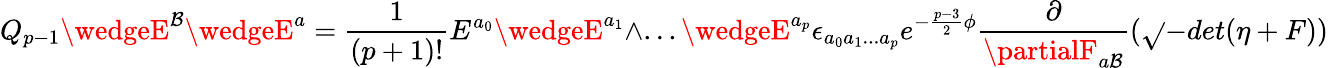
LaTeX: Q_{p-1}\wedgeE^{\mathcal{B}}\wedgeE^{a}={\frac{{1}}{{(p+1)!}}}E^{a_{0}}\wedgeE^{a_{1}}\wedge...\wedgeE^{a_{p}}\epsilon_{a_{0}a_{1}...a_{p}}e^{-{\frac{{p-3}}{{2}}}\phi}{\frac{{\partial}}{{\partialF_{a\mathcal{B}}}}}(\sqrt{}{{-det(\eta+F)}})